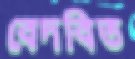
বেদবিত